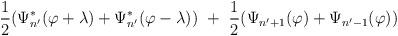
LaTeX: \begin{align*}{1\over 2}(\Psi^*_{n'}(\varphi +\lambda )+\Psi^*_{n'}(\varphi-\lambda ))\ +\ {1\over 2}(\Psi_{n'+1} (\varphi )+\Psi_{n'-1}(\varphi ))\end{align*}